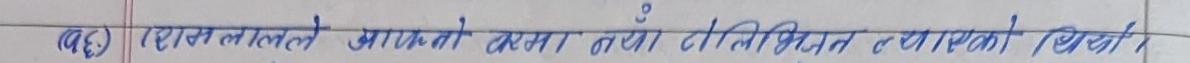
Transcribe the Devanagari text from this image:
(क) रानलालले आपनो कथा नयाँ तौरले चित्रित त्यात्यो थियो ।